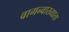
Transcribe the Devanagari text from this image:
वागन्वाख्याता